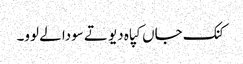
کنک جاں کپاہ دیو تے سودا لے لوو۔